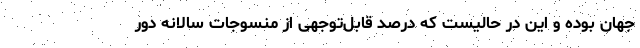
جهان بوده و این در حالیست که درصد قابل‌توجهی از منسوجات سالانه دور